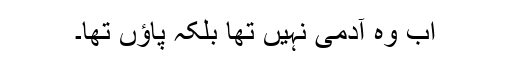
اب وہ آدمی نہیں تھا بلکہ پاؤں تھا۔